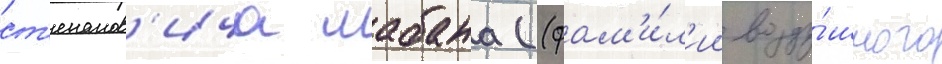
ст'епанов'ича шабана ((фам'и́л'ии возду́шного